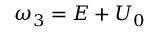
\omega _ { 3 } = E + U _ { 0 }